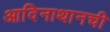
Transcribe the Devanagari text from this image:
आदिनाथानची